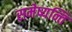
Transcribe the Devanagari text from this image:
समेष्यन्ति